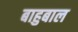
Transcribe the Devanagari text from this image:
बाहुबाल